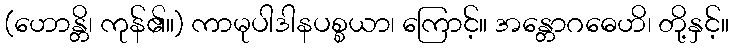
(ဟောန္တိ၊ ကုန်၏။) ကာမုပါဒါနပစ္စယာ၊ ကြောင့်။ အန္တောဂဓေဟိ၊ တို့နှင့်။